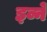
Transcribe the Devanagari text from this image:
इव्ने